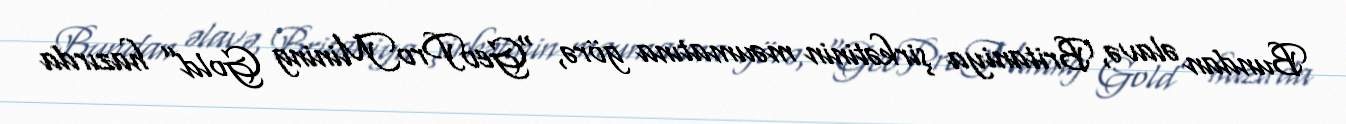
Bundan əlavə, Britaniya şirkətinin məumatına görə, “GeoProMining Gold” hazırda